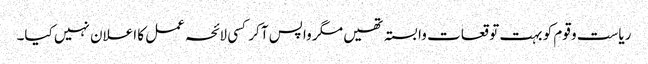
ریاست و قوم کو بہت توقعات وابستہ تھیں مگر واپس آ کر کسی لائحہ عمل کا اعلان نہیں کیا۔